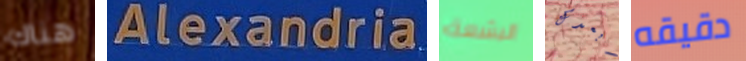
هناك Alexandria البشعة أبعدك دقيقه